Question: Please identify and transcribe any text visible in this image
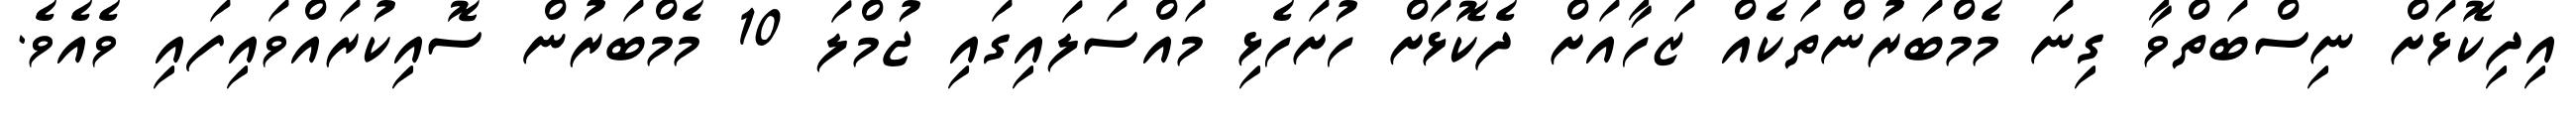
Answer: އިދިކޮޅަށް ނިސްބަތްވާ ގިނަ މެމްބަރުންތަކެއް ޒަހާއަށް ދެކޮޅަށް ހުށަހެޅި މައްސަލައިގައި ޖުމްލަ 10 މެމްބަރުން ސޮއިކުރައްވައިފައި ވެއެވެ.